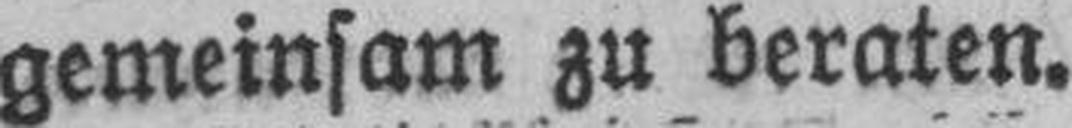
gemeinsam zu beraten.